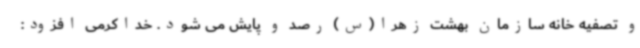
و تصفیه خانه سازمان بهشت زهرا(س) رصد و پایش می شود. خداکرمی افزود: